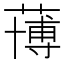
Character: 𮑀